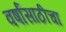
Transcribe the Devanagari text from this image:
वर्षांसाठीचा